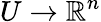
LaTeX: U\to\mathbb{R}^{n}